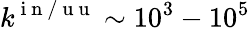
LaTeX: k^{\mathrm{~i~n~/~u~u~}}\sim 10^{3}-10^{5}